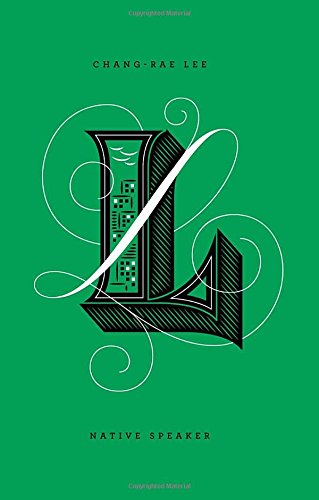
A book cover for Native Speaker (Penguin Drop Caps); Chang-rae Lee; Literature & Fiction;